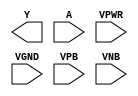
module sky130_fd_sc_ls__clkdlyinv3sd1 (
    Y   ,
    A   ,
    VPWR,
    VGND,
    VPB ,
    VNB
);

    output Y   ;
    input  A   ;
    input  VPWR;
    input  VGND;
    input  VPB ;
    input  VNB ;
endmodule